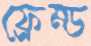
ফ্রেম্ড